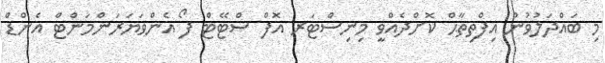
މި ބައްދަލުވުން އިފްތިތާޙް ކޮށްދެއްވީ މިނިސްޓަރ އޮފް ސްޓޭޓް ފޯ އެންވަޔަރަންމަންޓް އެންޑް